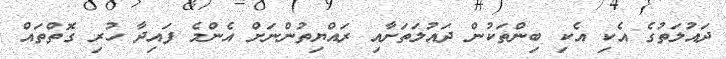
ދައުލަތުގެ އެކި އެކި ބިންތަކުން ދައުލަތަށާއި ރައްޔިތުންނަށް އެންމެ ފައިދާ ހުރި ގޮތްތައް